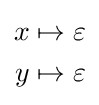
{\begin{aligned}x&\mapsto \varepsilon \\y&\mapsto \varepsilon \end{aligned}}